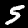
Label: 5